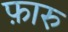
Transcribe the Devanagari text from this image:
फ़ारु